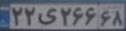
۲۲ی۲۶۶۶۸